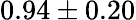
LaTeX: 0.94\pm 0.20